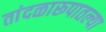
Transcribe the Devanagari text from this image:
तांदळारूपातल्या